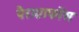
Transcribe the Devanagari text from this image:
पैराग्राफोंस